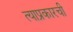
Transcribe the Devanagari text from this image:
त्याप्रकारची